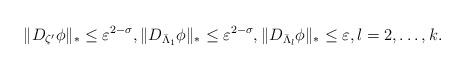
LaTeX: \begin{align*}\|D_{\zeta'} \phi\|_* \leq \varepsilon^{ 2-\sigma } , \|D_{\bar\Lambda_1} \phi\|_* \leq \varepsilon^{ 2-\sigma}, \|D_{\bar\Lambda_l} \phi\|_* \leq \varepsilon, l=2,\ldots,k.\end{align*}